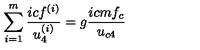
\sum _ { i = 1 } ^ { m } \frac { i c f ^ { ( i ) } } { u _ { 4 } ^ { ( i ) } } = g \frac { i c m f _ { c } } { u _ { c 4 } }